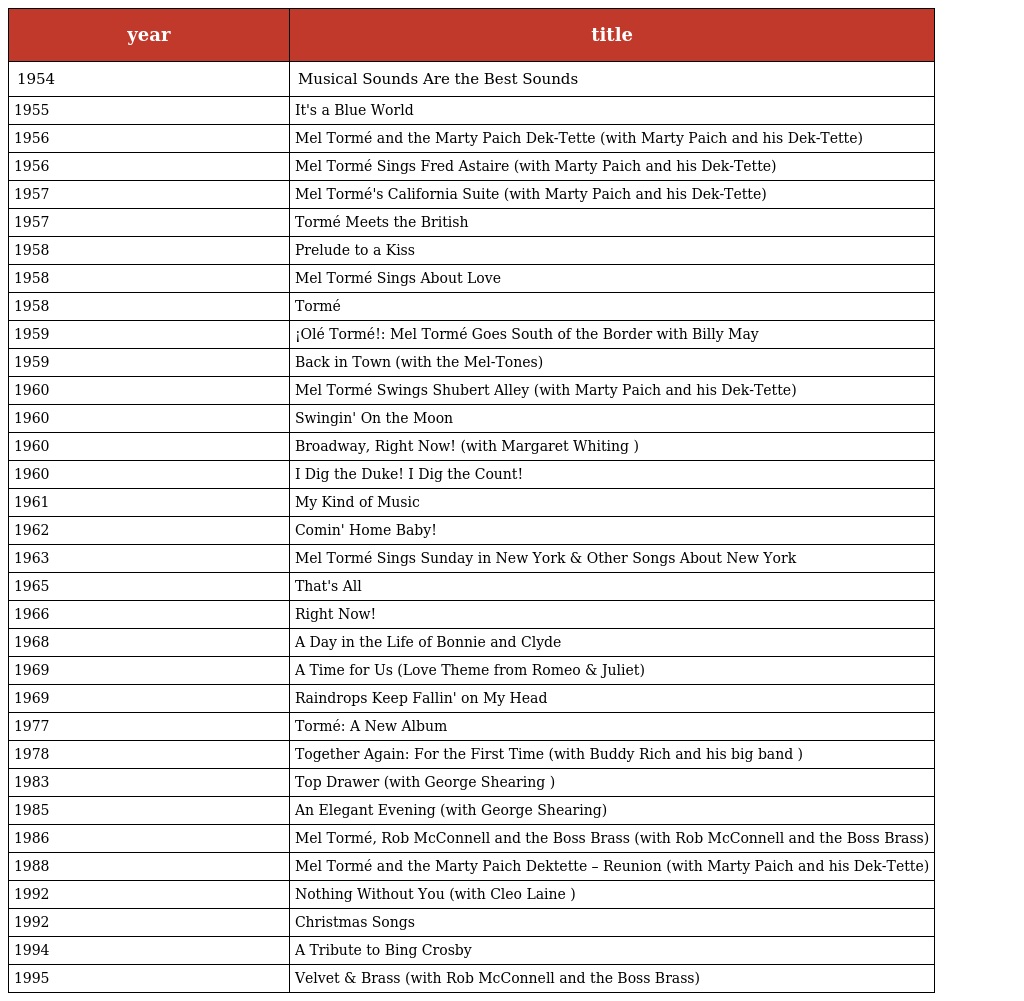
| year | title |
 | --- | --- |
 | 1954 | Musical Sounds Are the Best Sounds |
 | 1955 | It's a Blue World |
 | 1956 | Mel Tormé and the Marty Paich Dek-Tette (with Marty Paich and his Dek-Tette) |
 | 1956 | Mel Tormé Sings Fred Astaire (with Marty Paich and his Dek-Tette) |
 | 1957 | Mel Tormé's California Suite (with Marty Paich and his Dek-Tette) |
 | 1957 | Tormé Meets the British |
 | 1958 | Prelude to a Kiss |
 | 1958 | Mel Tormé Sings About Love |
 | 1958 | Tormé |
 | 1959 | ¡Olé Tormé!: Mel Tormé Goes South of the Border with Billy May |
 | 1959 | Back in Town (with the Mel-Tones) |
 | 1960 | Mel Tormé Swings Shubert Alley (with Marty Paich and his Dek-Tette) |
 | 1960 | Swingin' On the Moon |
 | 1960 | Broadway, Right Now! (with Margaret Whiting ) |
 | 1960 | I Dig the Duke! I Dig the Count! |
 | 1961 | My Kind of Music |
 | 1962 | Comin' Home Baby! |
 | 1963 | Mel Tormé Sings Sunday in New York & Other Songs About New York |
 | 1965 | That's All |
 | 1966 | Right Now! |
 | 1968 | A Day in the Life of Bonnie and Clyde |
 | 1969 | A Time for Us (Love Theme from Romeo & Juliet) |
 | 1969 | Raindrops Keep Fallin' on My Head |
 | 1977 | Tormé: A New Album |
 | 1978 | Together Again: For the First Time (with Buddy Rich and his big band ) |
 | 1983 | Top Drawer (with George Shearing ) |
 | 1985 | An Elegant Evening (with George Shearing) |
 | 1986 | Mel Tormé, Rob McConnell and the Boss Brass (with Rob McConnell and the Boss Brass) |
 | 1988 | Mel Tormé and the Marty Paich Dektette – Reunion (with Marty Paich and his Dek-Tette) |
 | 1992 | Nothing Without You (with Cleo Laine ) |
 | 1992 | Christmas Songs |
 | 1994 | A Tribute to Bing Crosby |
 | 1995 | Velvet & Brass (with Rob McConnell and the Boss Brass) |